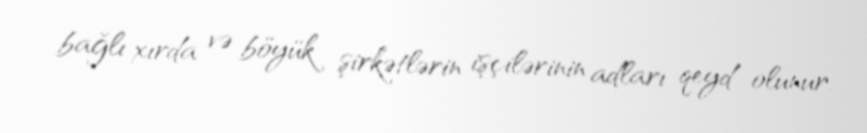
bağlı xırda və böyük şirkətlərin işçilərinin adları qeyd olunur.